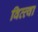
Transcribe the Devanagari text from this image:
वित्त्वा